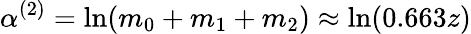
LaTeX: \alpha^{(2)}=\ln(m_{0}+m_{1}+m_{2})\approx\ln(0.663z)